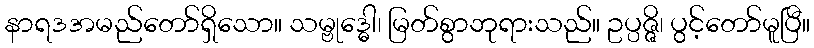
နာရဒအမည်တော်ရှိသော။ သမ္ဗုဒ္ဓေါ၊ မြတ်စွာဘုရားသည်။ ဥပ္ပဇ္ဇိ၊ ပွင့်တော်မူပြီ။